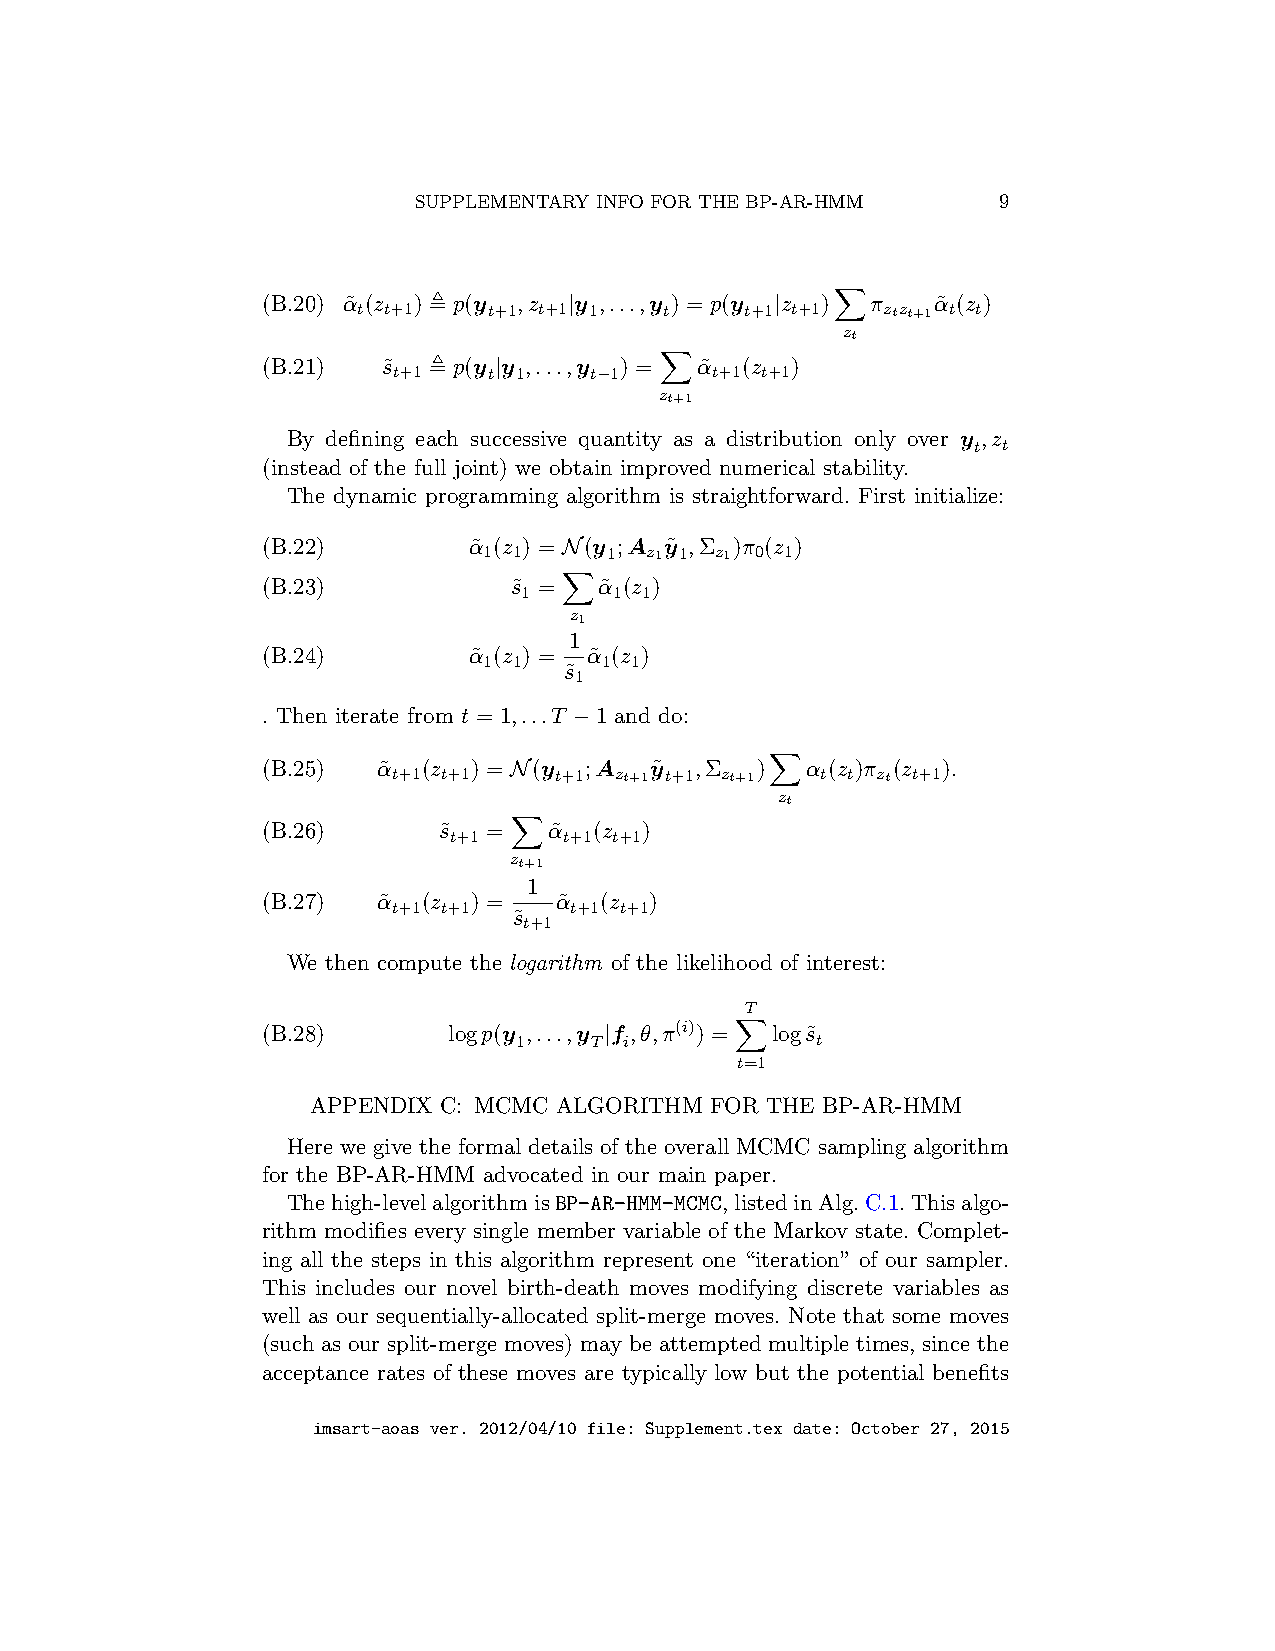
SUPPLEMENTARY INFO FOR THE BP-AR-HMM   9
 (B.20) α˜ (z ) , p(y ,z |y ,...,y ) = p(y |z ) π α˜ (z )
 t t+1   t+1 t+1 1   t    t+1 t+1  ztzt+1 t t
 Xzt
 (B.21)  s˜ , p(y |y ,...,y ) = α˜ (z )
 t+1   t 1    t−1     t+1 t+1
 z Xt+1
 By defining each successive quantity as a distribution only over y ,z
 t t
 (instead of the full joint) we obtain improved numerical stability.
 The dynamic programming algorithm is straightforward. First initialize:
 (B.22)        α˜ (z ) = N(y ;A y˜ ,Σ )π (z )
 1 1     1  z1 1 z1 0 1
 (B.23)           s˜ =  α˜ (z )
 1     1 1
 Xz1
 1
 (B.24)        α˜ (z ) = α˜ (z )
 1 1     1 1
 s˜
 1
 . Then iterate from t = 1,...T −1 and do:
 (B.25)  α˜ (z ) = N(y ;A  y˜ ,Σ  )  α (z )π (z ).
 t+1 t+1    t+1 zt+1 t+1 zt+1 t t zt t+1
 Xzt
 (B.26)      s˜ =   α˜ (z  )
 t+1    t+1 t+1
 z Xt+1
 1
 (B.27)  α˜ (z ) =   α˜ (z )
 t+1 t+1     t+1 t+1
 s˜
 t+1
 We then compute the logarithm of the likelihood of interest:
 T
 (B.28)       logp(y ,...,y |f ,θ,π(i)) = logs˜
 1    T i            t
 t=1
 X
 APPENDIX C: MCMC ALGORITHM FOR THE BP-AR-HMM
 Here we give the formal details of the overall MCMC sampling algorithm
 for the BP-AR-HMM advocated in our main paper.
 Thehigh-levelalgorithmisBP-AR-HMM-MCMC,listedinAlg.C.1.Thisalgo-
 rithm modifies every single member variable of the Markov state. Complet-
 ing all the steps in this algorithm represent one “iteration” of our sampler.
 This includes our novel birth-death moves modifying discrete variables as
 well as our sequentially-allocated split-merge moves. Note that some moves
 (such as our split-merge moves) may be attempted multiple times, since the
 acceptance rates of these moves are typically low but the potential benefits
 imsart-aoas ver. 2012/04/10 file: Supplement.tex date: October 27, 2015